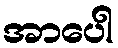
အာပေါ